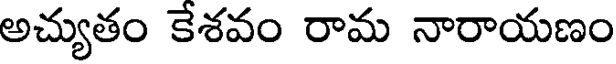
అచ్యుతం కేశవం రామ నారాయణం